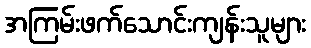
အကြမ်းဖက်သောင်းကျန်းသူများ